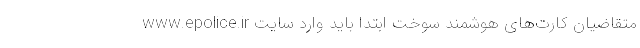
متقاضیان کارت‌های هوشمند سوخت ابتدا باید وارد سایت www.epolice.ir